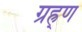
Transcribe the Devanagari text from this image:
ग्रह्र्ण